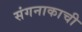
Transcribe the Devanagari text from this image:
संगनाकाची